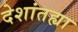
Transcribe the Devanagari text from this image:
देशांतह्या